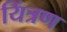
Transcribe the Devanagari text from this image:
यिंत्रण